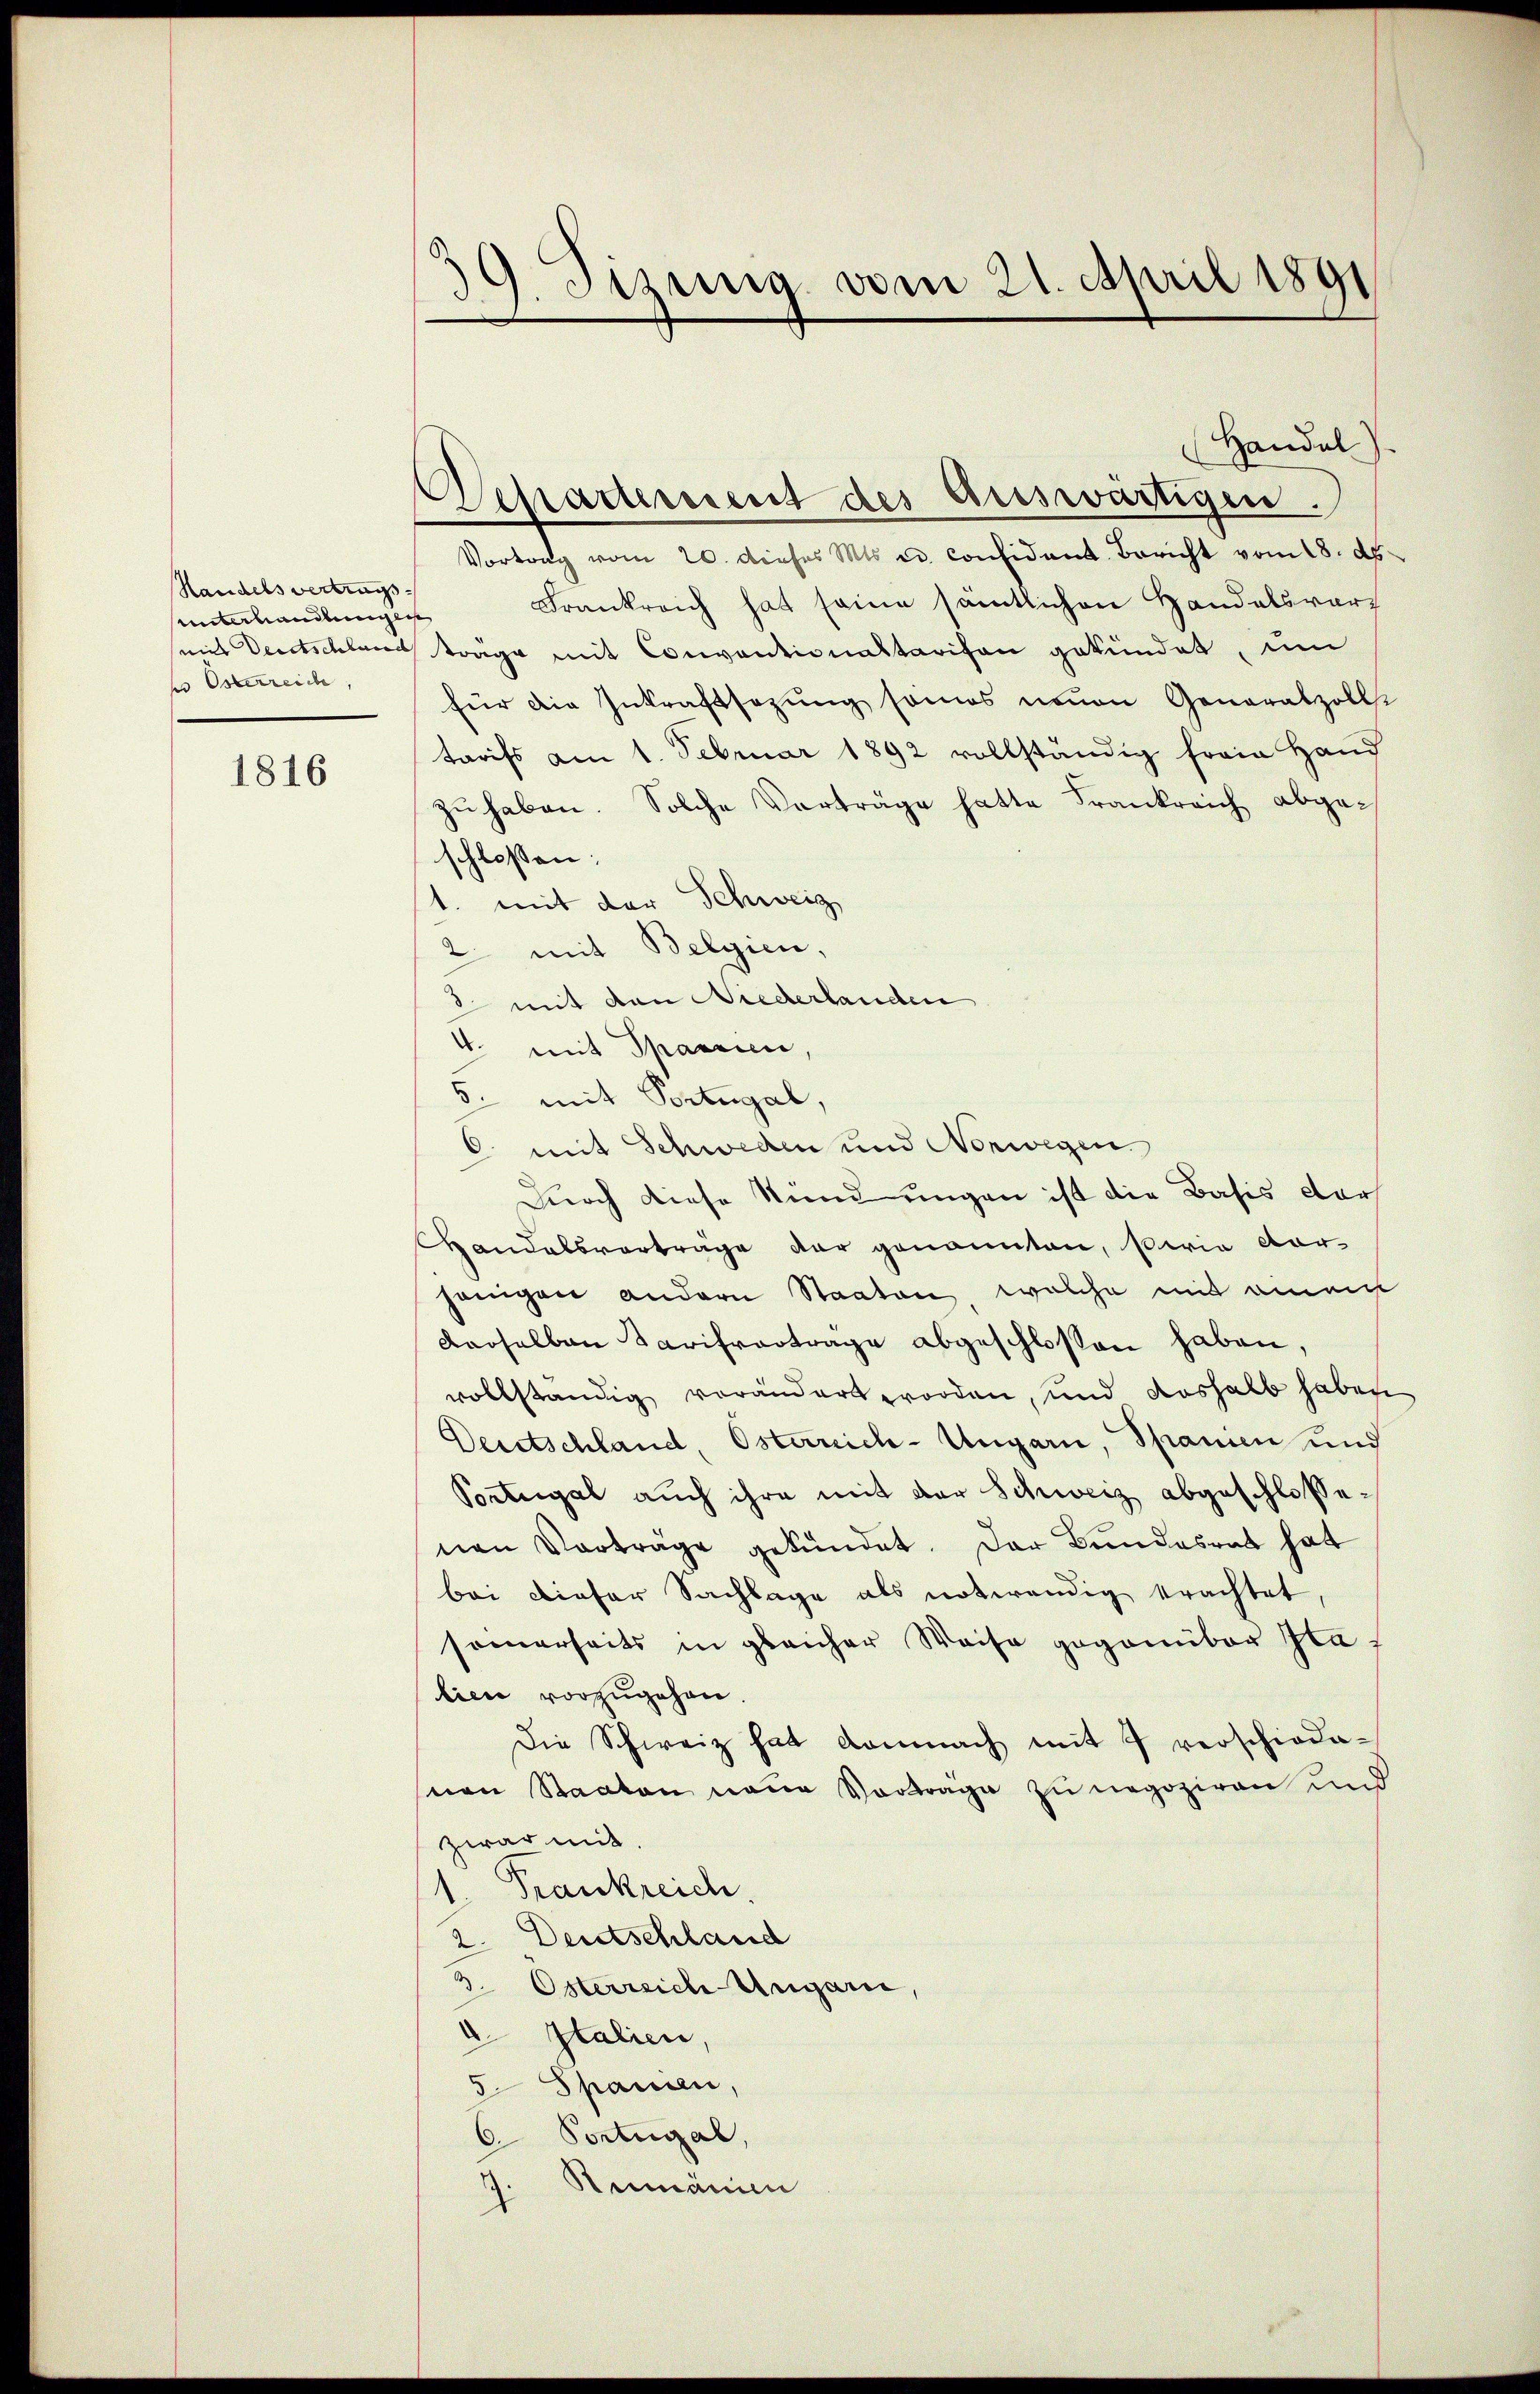
Handels vertrags
unterhandlung ei
e Osterreich,

1816

¬
d. Sizung vom 21. April 1891

Handel
Vortrag vom 20. dieses M. u. consident Bericht vom 18. d.
Frankreich hat seine sämtlichen Handelsverz
sein Deutschland träge mit Conventionaltarifen gekündet, um
für die Inkraftsazung sonos neuen Generalzolls
tarifs am 1. Februar 1892 vollständig freie Hand
zŭ haben. Solche Verträge hatte Frankreich abgeschlossen:
1. mit der Schweiz
2 mit Belgien,
2 mit den Niederlanden
4. mit Spascici,
5. mit Portugal,
6. mit Schweden und Norwegen
Durch diese Kind ungen ist die Basis dars
HHandelsvorträge dar genannten, sowie darjenigen andern Staaten, welche mit einem
derselben Tarifverträge abgeschlossen haben.
vollständig verändert worden, und deshalb haben
Deutschland, Osterreich-Ungarn, Spanien und
Portugal auch ihre mit der Schweiz abgeschlossenen Vorträge gekündet. Der Bundesrat hat
bei dieser Sachlage als notwendig erachtet,
seinerseits in gleicher Weise gegenüber Glalien vorzugehen.
Die Schweiz hat demnach mit 7 verschiedenen Staaten neue Vorträge zu negoziren und
zwar mit
1. Frankreich
2. Deutschland
3. Österreich Ungarn,
.
Italien,
5 Spanien,
6. Portugal,
Reimanin
i

Departement des Auswärtigen.